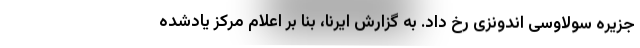
جزیره سولاوسی اندونزی رخ داد. به گزارش ایرنا، بنا بر اعلام مرکز یادشده